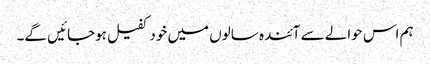
ہم اس حوالے سے آئندہ سالوں میں خود کفیل ہوجائیں گے۔